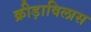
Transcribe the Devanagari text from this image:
क्रीड़ाविलास